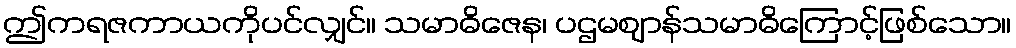
ဤကရဇကာယကိုပင်လျှင်။ သမာဓိဇေန၊ ပဌမဈာန်သမာဓိကြောင့်ဖြစ်သော။